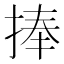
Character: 捧